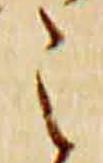
之